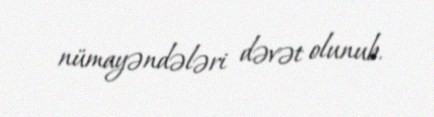
nümayəndələri dəvət olunub.